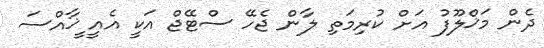
ދެން މަޚްލޫފު އަށް ކުރިމަތި ލާން ޖެހޭ ސްޓޭޖް އަކީ އެއީ ީޚާއްސަ